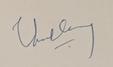
Signature authenticity: genuine